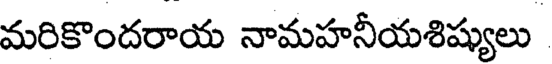
మరికొందరాయ నామహనీయశిష్యులు